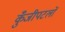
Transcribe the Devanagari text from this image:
कुँजीपटलों